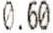
0.60